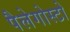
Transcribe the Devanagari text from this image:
पैलेगोस्टो